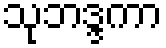
သုဘဒ္ဒကာ